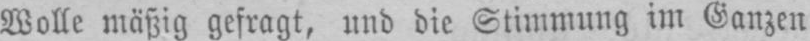
Wolle mäßig gefragt, und die Stimmung im Ganzen